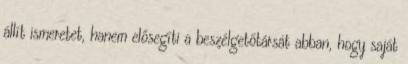
állít ismeretet, hanem elősegíti a beszélgetőtársát abban, hogy saját